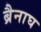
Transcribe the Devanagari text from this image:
ब्रैनाघ